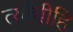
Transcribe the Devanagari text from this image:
त्यांचीहि